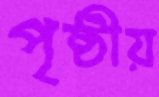
পৃষ্ঠীয়